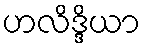
ဟလိဒ္ဒိယာ